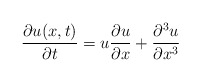
\begin{align*}{\partial u(x,t)\over \partial t} = u {\partial u\over \partial x} +{\partial^{3} u\over \partial x^{3}}\end{align*}